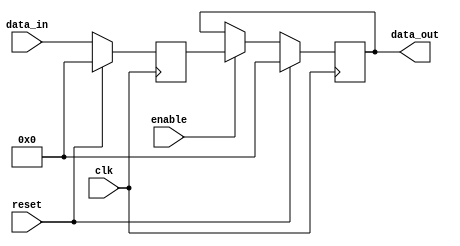
module timing_control_sync_block (
    input wire clk,
    input wire reset,
    input wire enable,
    input wire [7:0] data_in,
    output reg [7:0] data_out
);

reg [7:0] delayed_data;

// RC delay element implementation
always @(posedge clk) begin
    if (reset) begin
        delayed_data <= 8'h00;
    end else begin
        delayed_data <= data_in;
    end
end

// Synchronization logic
always @(posedge clk) begin
    if (reset) begin
        data_out <= 8'h00;
    end else begin
        if (enable) begin
            data_out <= delayed_data;
        end
    end
end

endmodule